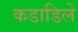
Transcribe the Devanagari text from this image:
कडाडिले